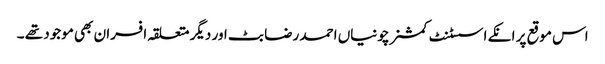
اس موقع پر انکے اسسٹنٹ کمشنر چونیاں احمد رضا بٹ اور دیگر متعلقہ افسران بھی موجود تھے ۔